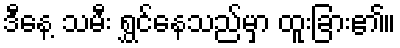
ဒီနေ့ သမီး ရွှင်နေသည်မှာ ထူးခြား၏။